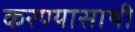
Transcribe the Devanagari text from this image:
करण्यासाथी